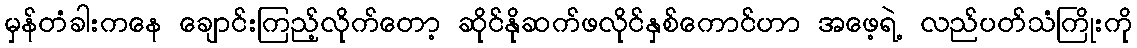
မှန်တံခါးကနေ ချောင်းကြည့်လိုက်တော့ ဆိုင်နိုဆက်ဖလိုင်နှစ်ကောင်ဟာ အဖေ့ရဲ့ လည်ပတ်သံကြိုးကို